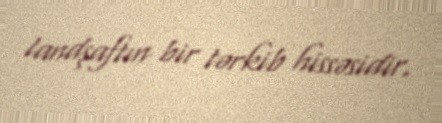
landşaftın bir tərkib hissəsidir.